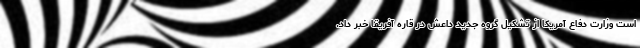
است وزارت دفاع آمریکا از تشکیل گروه جدید داعش در قاره آفریقا خبر داد.